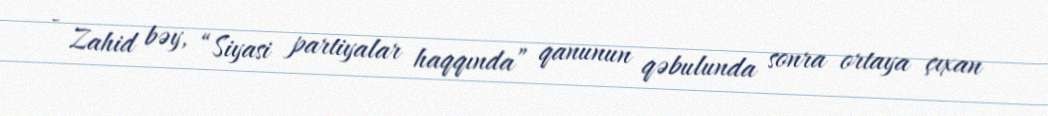
- Zahid bəy, “Siyasi partiyalar haqqında” qanunun qəbulunda sonra ortaya çıxan